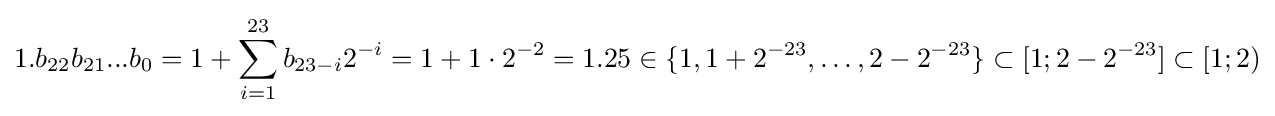
1.b_{22}b_{21}...b_{0}=1+\sum _{i=1}^{23}b_{23-i}2^{-i}=1+1\cdot 2^{-2}=1.25\in \{1,1+2^{-23},\ldots ,2-2^{-23}\}\subset [1;2-2^{-23}]\subset [1;2)